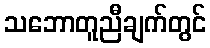
သဘောတူညီချက်တွင်